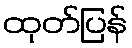
ထုတ်ပြန်